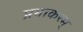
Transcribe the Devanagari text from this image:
प्रभाकरम्